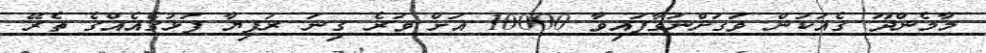
މާމެންދޫ ގެއަކުން ވަގަށްނަގާފައިވާ 10000 އަށް ވުރެ ގިނަ ރުފިޔާ ފަޅުގެއެއްގެ ތެރޭ